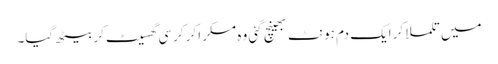
میں تلملا کر ایک دم ہونٹ بھینچ گئی وہ مسکرا کر کرسی گھسیٹ کر بیٹھ گیا۔